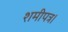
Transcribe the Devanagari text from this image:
शमीपत्र।